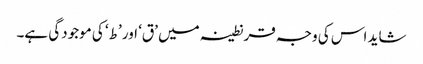
شاید اس کی وجہ قرنطینہ میں ’ق‘ اور ’ط‘ کی موجودگی ہے۔